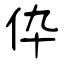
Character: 伜